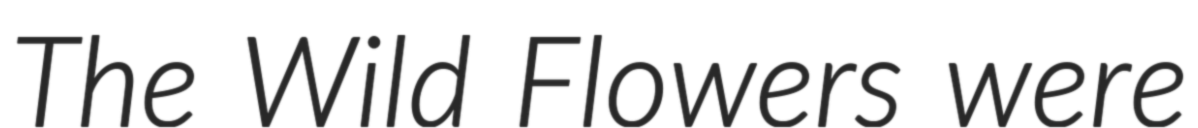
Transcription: The Wild Flowers were